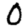
Digit: 0